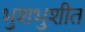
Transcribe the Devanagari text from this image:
भुशभुशीत